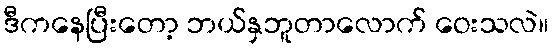
ဒီကနေပြီးတော့ ဘယ်နှဘူတာလောက် ဝေးသလဲ။